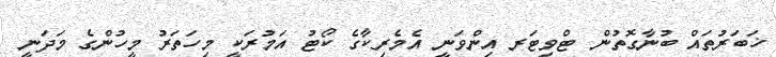
ޚަބަރުތައް ބުނާގޮތުން ޓްވިޓަރ އިންވަނީ އެމެރިކާގެ ކޯޓު އަމުރަކީ މިހަތަރު މީހުންގެ މަދަނީ